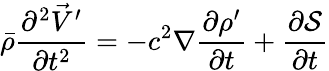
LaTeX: \bar{\rho}\frac{\partial^{2}\vec{V}^{\prime}}{\partial t^{2}}=-c^{2}\nabla\frac{\partial\rho^{\prime}}{\partial t}+\frac{\partial\mathcal{S}}{\partial t}